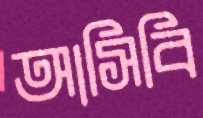
আসিবি